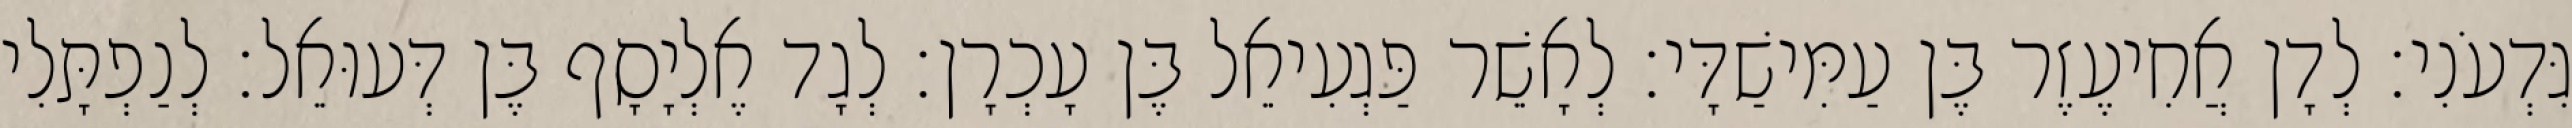
גִּדְעֹנִי׃ לְדָן אֲחִיעֶזֶר בֶּן עַמִּישַׁדָּי׃ לְאָשֵׁר פַּגְעִיאֵל בֶּן עָכְרָן׃ לְגָד אֶלְיָסָף בֶּן דְּעוּאֵל׃ לְנַפְתָּלִי